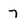
Character: 7